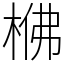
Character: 梻